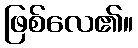
ဖြစ်လေ၏။